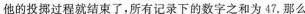
一枚骰子6个面上分别写有数字1、2、3、4、5、6，每